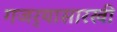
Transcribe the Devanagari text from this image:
गजर्‍यासारखी